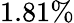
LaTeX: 1.81\%